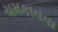
ચમકાવવા